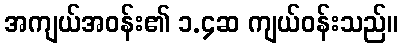
အကျယ်အဝန်း၏ ၁.၄ဆ ကျယ်ဝန်းသည်။